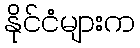
နိုင်ငံများက